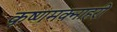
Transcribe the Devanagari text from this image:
कृष्णमक्नाहरी